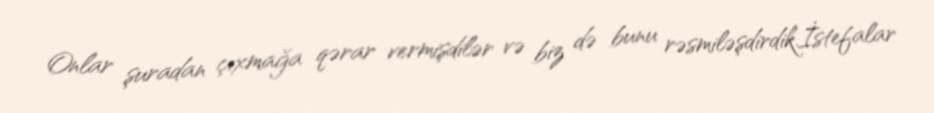
Onlar şuradan çıxmağa qərar vermişdilər və biz də bunu rəsmiləşdirdik.İstefalar